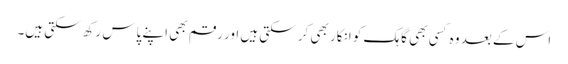
اس کے بعد وہ کسی بھی گاہک کو انکار بھی کر سکتی ہیں اور رقم بھی اپنے پاس رکھ سکتی ہیں۔